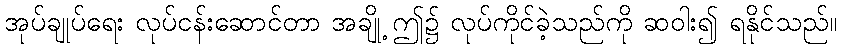
အုပ်ချုပ်ရေး လုပ်ငန်းဆောင်တာ အချို့ ဤ၌ လုပ်ကိုင်ခဲ့သည်ကို ဆဝါး၍ ရနိုင်သည်။